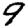
Digit: 9